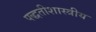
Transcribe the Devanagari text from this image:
पद्धतीशास्त्रीय